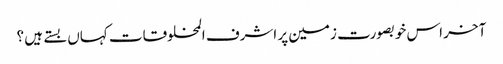
آخر اس خوبصورت زمین پر اشرف المخلوقات کہاں بستے ہیں ؟